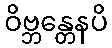
ဝိဗ္ဘန္တေနပိ